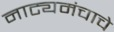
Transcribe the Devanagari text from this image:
नाट्यमंचाचे